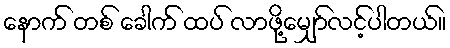
နောက် တစ် ခေါက် ထပ် လာဖို့မျှော်လင့်ပါတယ်။